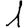
Digit: 1